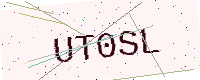
Text: UT0SL